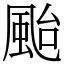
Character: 颱